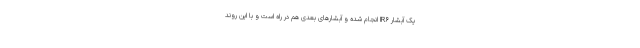
یک آبشار IR۶ انجام شده و آبشارهای بعدی هم در راه است و با این روند